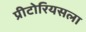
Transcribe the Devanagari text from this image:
प्रीटोरियसला